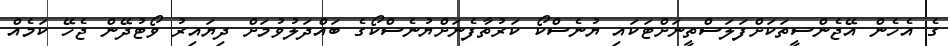
ގެ އެހެން އޭޖެންސީތަކަށްފަލަސްތީނަށްޓަކައި ޔުނެސްކޯ ކަރުތާފެނަށްޔުނެސްކޯގެ ބައްދަލުވުމަށް ދިޔައިރު ވޯޓުދޭން ޖެހޭ ކަމެއް